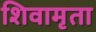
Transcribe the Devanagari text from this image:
शिवामृता